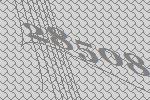
28508